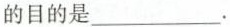
的目的是___.